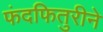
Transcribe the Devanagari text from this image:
फंदफितुरीने